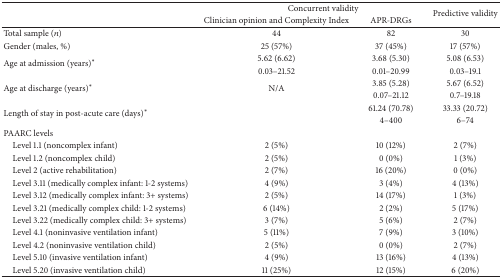
<table><thead><tr><td><b> </b></td><td colspan="2"><b><i> </i>Concurrent validity </b></td><td rowspan="2"><b>Predictive validity</b></td></tr><tr><td><b> </b></td><td><b>Clinician opinion and Complexity Index</b></td><td><b>APR-DRGs</b></td></tr></thead><tbody><tr><td>Total sample (<i>n</i>)</td><td>44</td><td>82</td><td>30</td></tr><tr><td>Gender (males, %)</td><td>25 (57%)</td><td>37 (45%)</td><td>17 (57%)</td></tr><tr><td rowspan="2">Age at admission (years)<sup><i>∗</i></sup></td><td>5.62 (6.62)</td><td>3.68 (5.30)</td><td>5.08 (6.53)</td></tr><tr><td>0.03–21.52</td><td>0.01–20.99</td><td>0.03–19.1</td></tr><tr><td rowspan="2">Age at discharge (years)<sup><i>∗</i></sup></td><td rowspan="2">N/A</td><td>3.85 (5.28)</td><td>5.67 (6.52)</td></tr><tr><td>0.07–21.12</td><td>0.7–19.18</td></tr><tr><td rowspan="2">Length of stay in post-acute care (days)<sup><i>∗</i></sup></td><td rowspan="2"> </td><td>61.24 (70.78)</td><td>33.33 (20.72)</td></tr><tr><td>4–400</td><td>6–74</td></tr><tr><td>PAARC levels </td><td> </td><td> </td><td> </td></tr><tr><td> Level 1.1 (noncomplex infant)</td><td>2 (5%)</td><td>10 (12%)</td><td>2 (7%)</td></tr><tr><td> Level 1.2 (noncomplex child)</td><td>2 (5%)</td><td>0 (0%)</td><td>1 (3%)</td></tr><tr><td> Level 2 (active rehabilitation)</td><td>2 (7%)</td><td>16 (20%)</td><td>0 (0%)</td></tr><tr><td> Level 3.11 (medically complex infant: 1-2 systems)</td><td>4 (9%)</td><td>3 (4%)</td><td>4 (13%)</td></tr><tr><td> Level 3.12 (medically complex infant: 3+ systems)</td><td>2 (5%)</td><td>14 (17%)</td><td>1 (3%)</td></tr><tr><td> Level 3.21 (medically complex child: 1-2 systems)</td><td>6 (14%)</td><td>2 (2%)</td><td>5 (17%)</td></tr><tr><td> Level 3.22 (medically complex child: 3+ systems)</td><td>3 (7%)</td><td>5 (6%)</td><td>2 (7%)</td></tr><tr><td> Level 4.1 (noninvasive ventilation infant)</td><td>5 (11%)</td><td>7 (9%)</td><td>3 (10%)</td></tr><tr><td> Level 4.2 (noninvasive ventilation child)</td><td>2 (5%)</td><td>0 (0%)</td><td>2 (7%)</td></tr><tr><td> Level 5.10 (invasive ventilation infant)</td><td>4 (9%)</td><td>13 (16%)</td><td>4 (13%)</td></tr><tr><td> Level 5.20 (invasive ventilation child)</td><td>11 (25%)</td><td>12 (15%)</td><td>6 (20%)</td></tr></tbody></table>